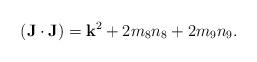
LaTeX: \begin{align*}({\bf J}\cdot{\bf J})={\bf k}^2+2m_8n_8+2m_9n_9.\end{align*}